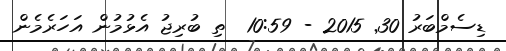
ޑިސެމްބަރު 30